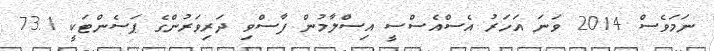
ނަމަވެސް 2014 ވަނަ އަހަރު އެސްއެސްސީ އިސްލާމުން ފާސްވި ދަރިވަރުންގެ ޕަސެންޓަކީ 73.1